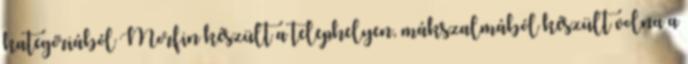
kategóriából Morfin készült a telephelyen, mákszalmából készült volna a